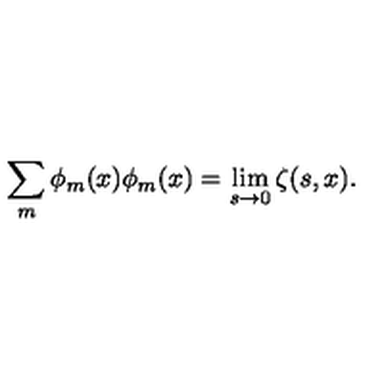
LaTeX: \sum _ { m } \phi _ { m } ( x ) \phi _ { m } ( x ) = \lim _ { s \rightarrow 0 } \zeta ( s , x ) .